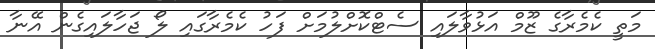
މަތީ ކެމެރާގެ ޒޫމް އަޅުވާލައި ސެޓްކޮށްލުމަށް ފަހު ކެމެރާގައި ލޯ ޖަހާލައިގެން އޭނާ